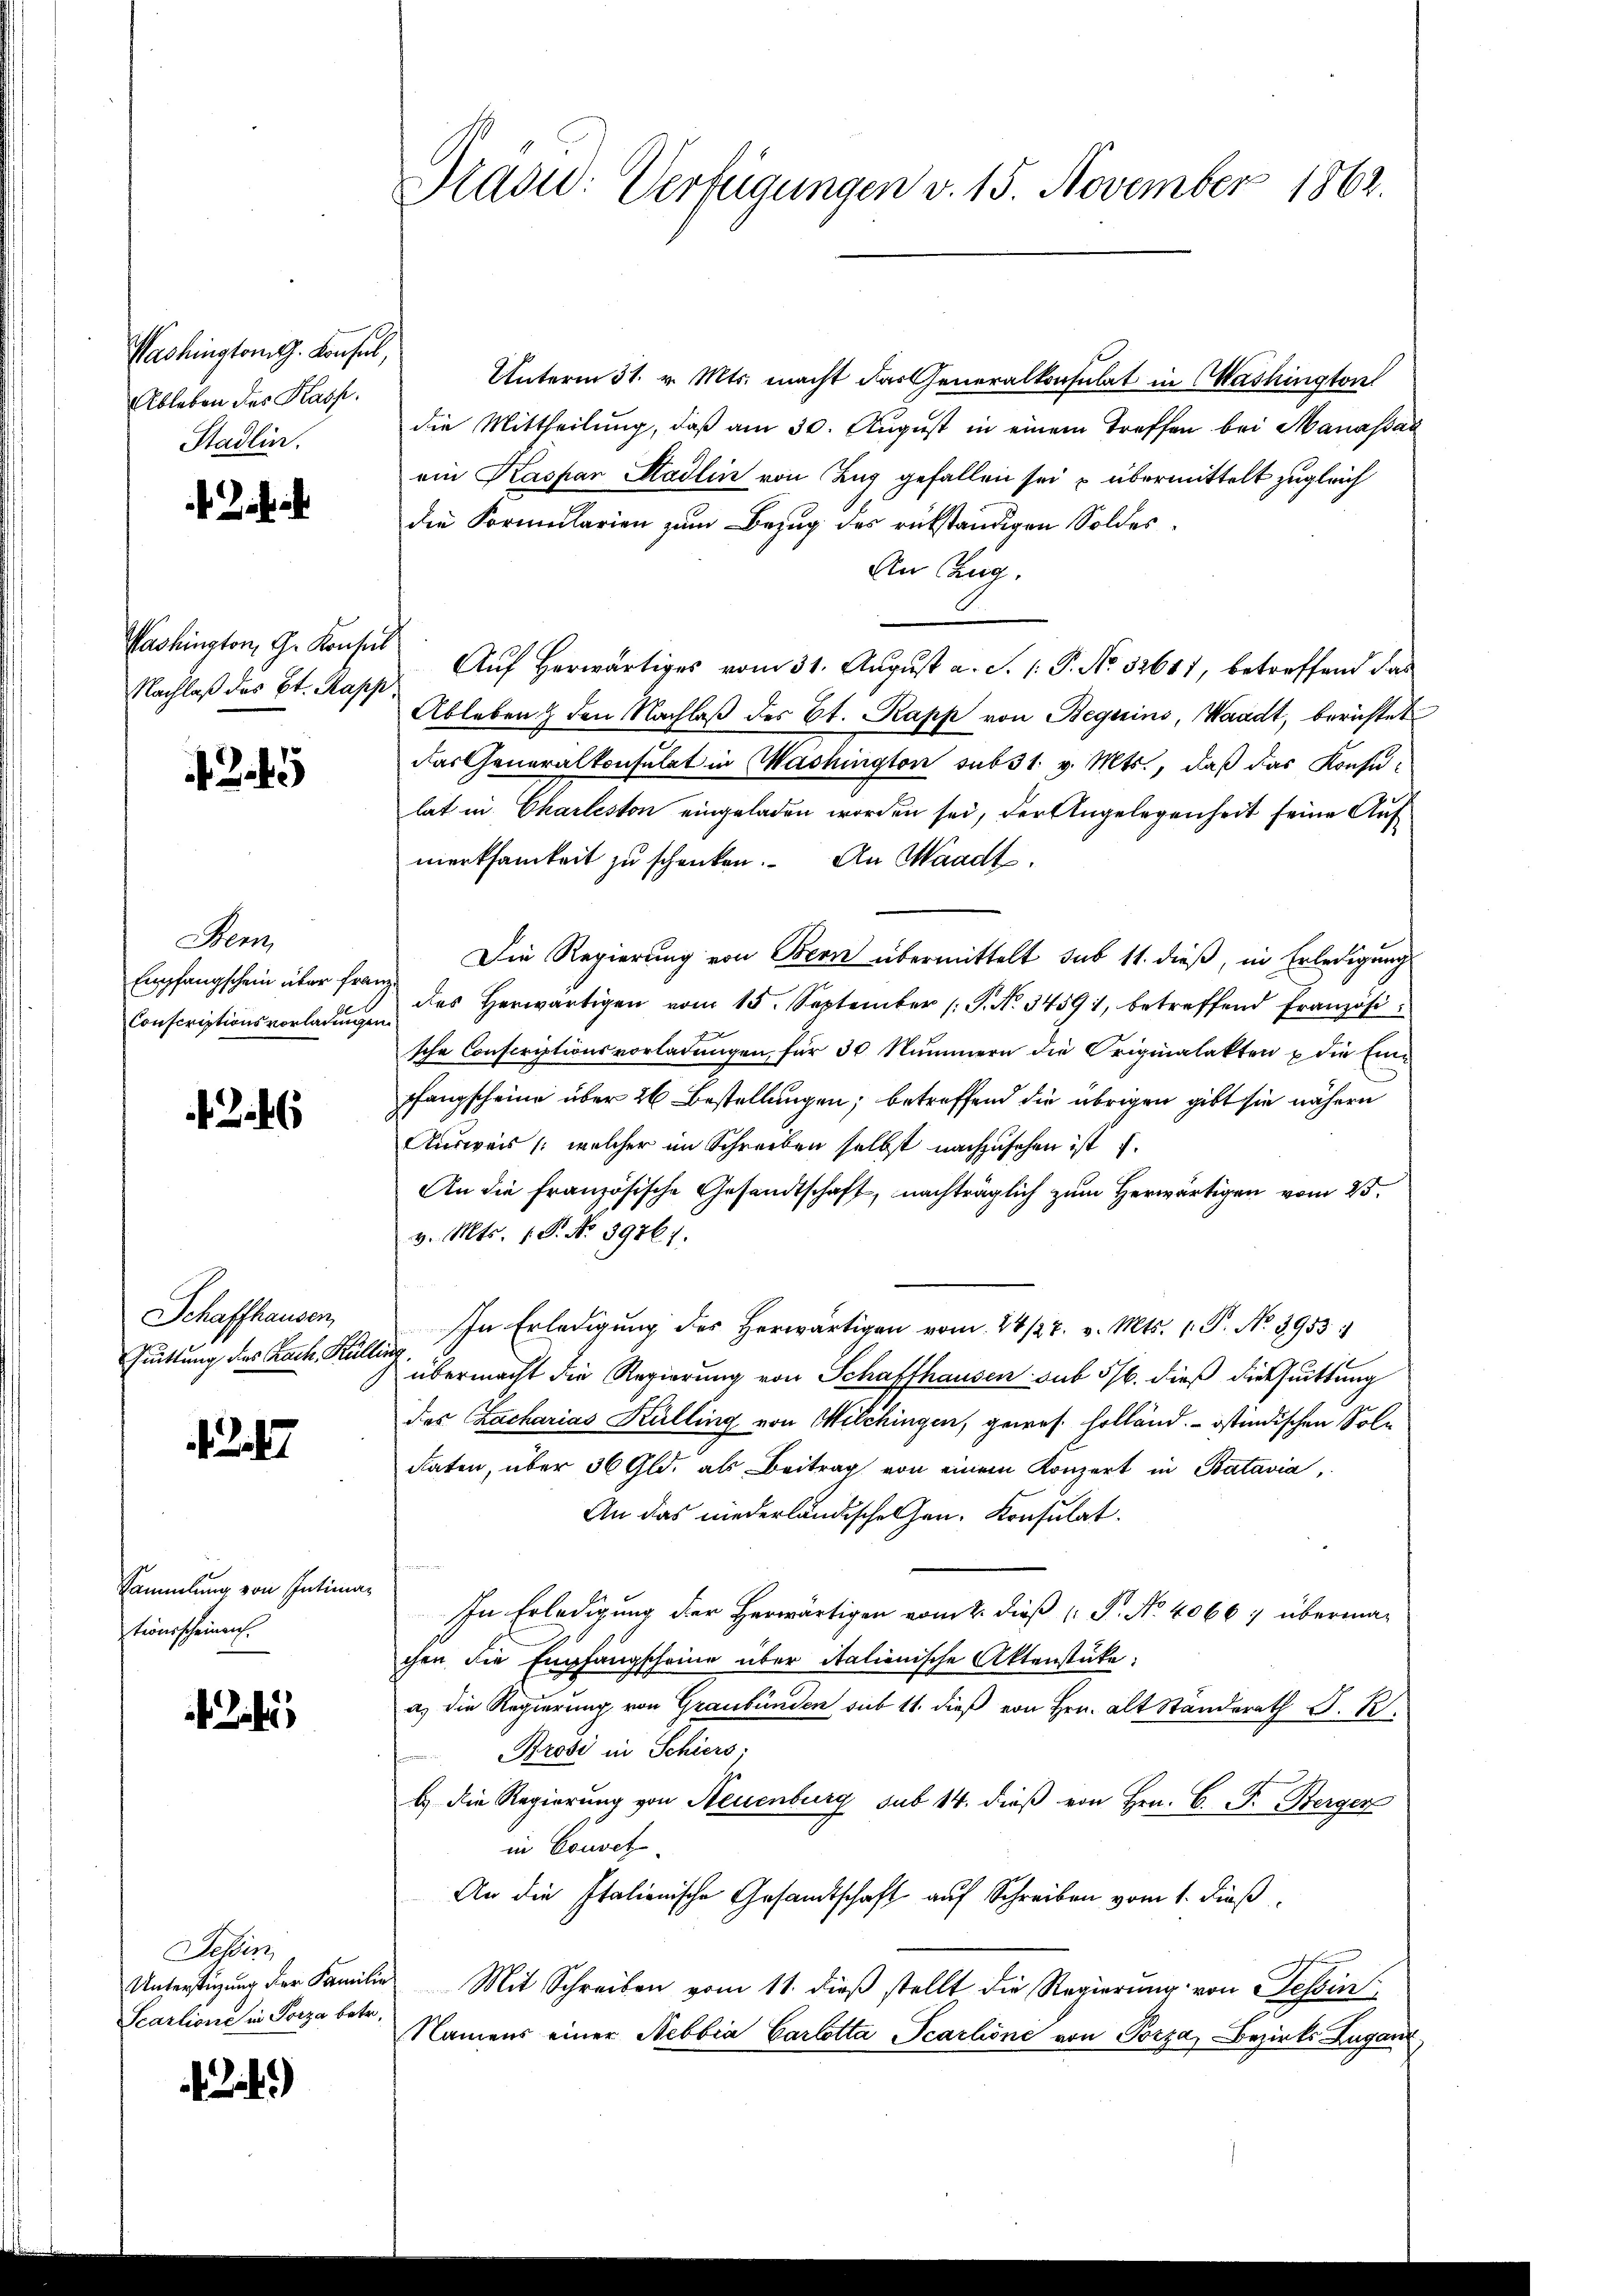
Washingtonis. Konsul,
Ableben des Kasp.
Stadlin.

e

Washington, G. Konsul
Nachlaß des St. Kapp

5

Bein
Empfangschein über franz
Conscriptionsvorladungen.

36

Schaffhausen,
Quittung des Bach Kullins

2

Sammlung von Intima
tionsscheinen.

Jb.

Tessin
Scarlione in Porza betr.

d. J.)

Unterm 31. v. Mts. macht das Generalkonsulat in Washington
die Mittheilung, daß am 30. August in einem treffen bei Manassal
ein Kaspar Stadlin von Zug gefallen sei u übermittelt zugleich
die Formularien zum Bezug des rükständigen Soldes¬
An Zug.
Aŭf herwärtiges vom 31. August a. S. 1: P. No. 32641, betreffend das
Ableben & den Nachlaβ des St. Kapp von Beguins, Waadt, berichtet
das Generalkonsulat in Washington sub 31. v. Mts., daß das Konsulat in Charliston eingeladen worden sei, der Angelegenheit seine Aufmerksamkeit zu schenken. An Waadt,
Die Regierung von Bern übermittelt sub 11. dieß, in Erledigungs
des herwärtigen vom 15. September (T. No. 34591, betreffend Französi
sche Conscriptionsvorladungen, für 30 Nummern die Originalakten & die Einpfangscheine über 26 Bestellungen; betreffend die übrigen gibt sie nähern
Ausweis (welcher im Schreiben selbst nachzusehen ist u.
An die französische Gesandtschaft, nachträglich zum Herwärtigen vom 25.
v. Mts. 1. P. No. 39861.
In Erledigung des herwärtigen vom 28/27. v. Mts. 1. P. Nr. 3953:
übermacht die Regierung von Schaffhausen sub 5/6. dieß die suittung
das Zacharias Kulling von Milchingen, gewes Holländ. - ostindischen Sol¬
Raten, über 36 Gld. als Beitrag von einem Konzert in Batavia,
An das niederländischehen. Konsulat
x
In Erledigung der Herwärtigen vom 2. dieß ( P. No. 40667 überma-
chen die Empfangscheine über italienische Aktenstücke:
a. die Regierung von Graubünden sub 11. dieß von Hrn. Alt Standerath J. R.
Krosi in Schiers;
b. die Regierung von Neuenburg sub 14. dieß von Hrn. C. F. Berger
in Couvet
An die Italienische Gesandtschaft auf Schreiben vom 1. Dieß
Unterstigung der Familie Mit Schreiben vom 11. dieβ stellt die Regierŭng von Tessin
Namens einer Nebbia Carlotta Scarlione von Porza, Bezirks Zuganz

Dradid: Verfügungen v. 15. November 1862.